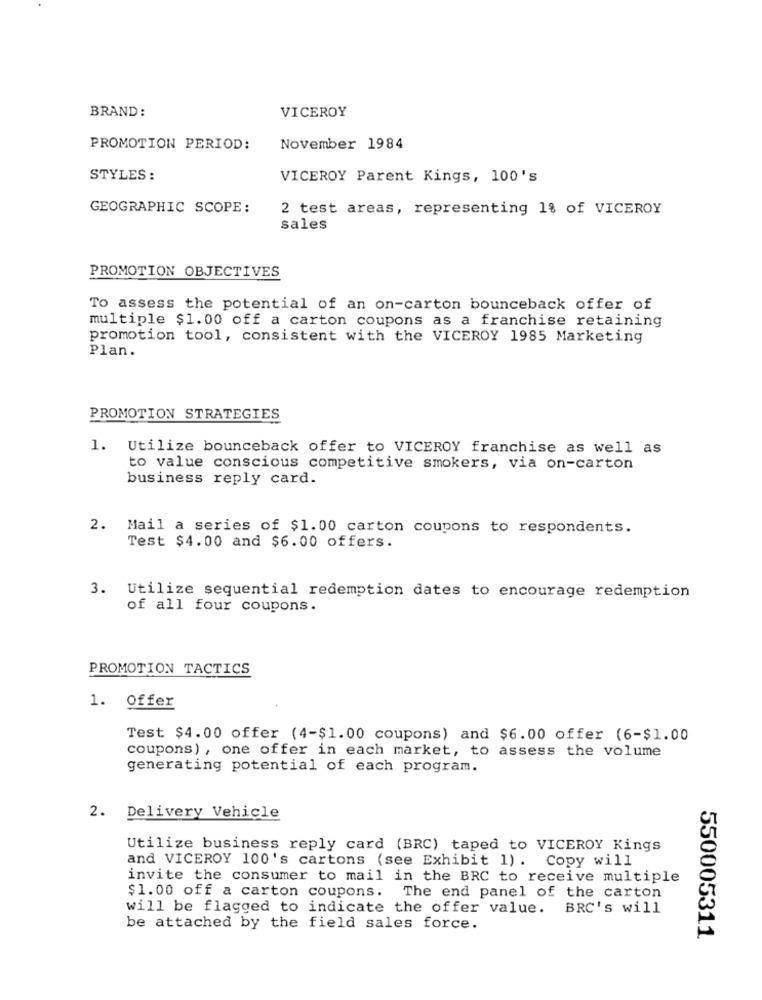
BRAND:
VICEROY
PROMOTION PERIOD:
November 1984
STYLES :
VICEROY Parent Kings, 100's
GEOGRAPHIC SCOPE:
2 test areas, representing 1% of VICEROY
sales
PROMOTION OBJECTIVES
To assess the potential of an on-carton bounceback offer of
multiple $1.00 off a carton coupons as a franchise retaining
promotion tool, consistent with the VICEROY 1985 Marketing
Plan.
PROMOTION STRATEGIES
1.
Utilize bounceback offer to VICEROY franchise as well as
to value conscious competitive smokers, via on-carton
business reply card.
2. Mail a series of $1.00 carton coupons to respondents.
Test $4.00 and $6.00 offers.
3. Utilize sequential redemption dates to encourage redemption
of all four coupons.
PROMOTION TACTICS
1. Offer
Test $4.00 offer (4-$1.00 coupons) and $6.00 offer (6-$1.00
coupons) , one offer in each market, to assess the volume
generating potential of each program.
2. Delivery Vehicle
Utilize business reply card (BRC) taped to VICEROY Kings
and VICEROY 100's cartons (see Exhibit 1) . Copy will
invite the consumer to mail in the BRC to receive multiple
$1.00 off a carton coupons. The end panel of the carton
will be flagged to indicate the offer value. BRC's will
be attached by the field sales force.
550005311